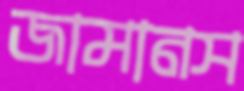
জামানস